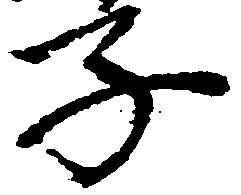
子